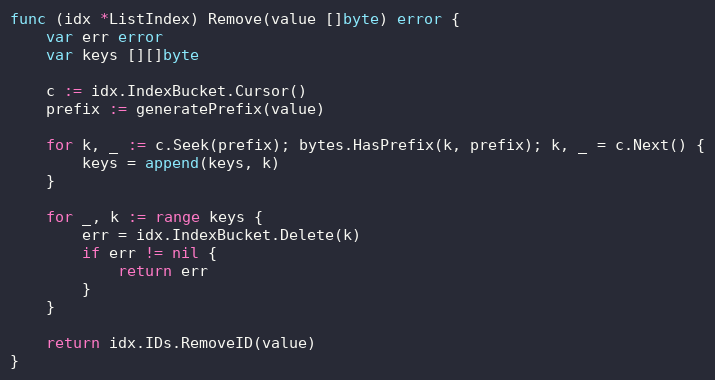
Language: Go
func (idx *ListIndex) Remove(value []byte) error {
	var err error
	var keys [][]byte

	c := idx.IndexBucket.Cursor()
	prefix := generatePrefix(value)

	for k, _ := c.Seek(prefix); bytes.HasPrefix(k, prefix); k, _ = c.Next() {
		keys = append(keys, k)
	}

	for _, k := range keys {
		err = idx.IndexBucket.Delete(k)
		if err != nil {
			return err
		}
	}

	return idx.IDs.RemoveID(value)
}